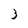
Character: 3